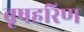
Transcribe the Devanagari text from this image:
वृषहरिण